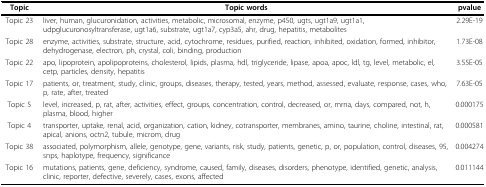
| Topic | Topic words | pvalue |
 | --- | --- | --- |
 | Topic 23 | liver, human, glucuronidation, activities, metabolic, microsomal, enzyme, p450, ugts, ugt1a9, ugt1a1, udpglucuronosyltransferase, ugt1a6, substrate, ugt1a7, cyp3a5, ahr, drug, hepatitis, metabolites | 2.29E-19 |
 | Topic 28 | enzyme, activities, substrate, structure, acid, cytochrome, residues, purified, reaction, inhibited, oxidation, formed, inhibitor, dehydrogenase, electron, ph, crystal, coli, binding, production | 1.73E-08 |
 | Topic 22 | apo, lipoprotein, apolipoproteins, cholesterol, lipids, plasma, hdl, triglyceride, lipase, apoa, apoc, ldl, tg, level, metabolic, el, cetp, particles, density, hepatitis | 3.55E-05 |
 | Topic 17 | patients, or, treatment, study, clinic, groups, diseases, therapy, tested, years, method, assessed, evaluate, response, cases, who, p, rate, after, treated | 7.63E-05 |
 | Topic 5 | level, increased, p, rat, after, activities, effect, groups, concentration, control, decreased, or, mrna, days, compared, not, h, plasma, blood, higher | 0.000175 |
 | Topic 4 | transporter, uptake, renal, acid, organization, cation, kidney, cotransporter, membranes, amino, taurine, choline, intestinal, rat, apical, anions, octn2, tubule, microm, drug | 0.000581 |
 | Topic 38 | associated, polymorphism, allele, genotype, gene, variants, risk, study, patients, genetic, p, or, population, control, diseases, 95, snps, haplotype, frequency, significance | 0.004274 |
 | Topic 16 | mutations, patients, gene, deficiency, syndrome, caused, family, diseases, disorders, phenotype, identified, genetic, analysis, clinic, reporter, defective, severely, cases, exons, affected | 0.011144 |